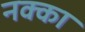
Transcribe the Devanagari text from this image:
नक्का